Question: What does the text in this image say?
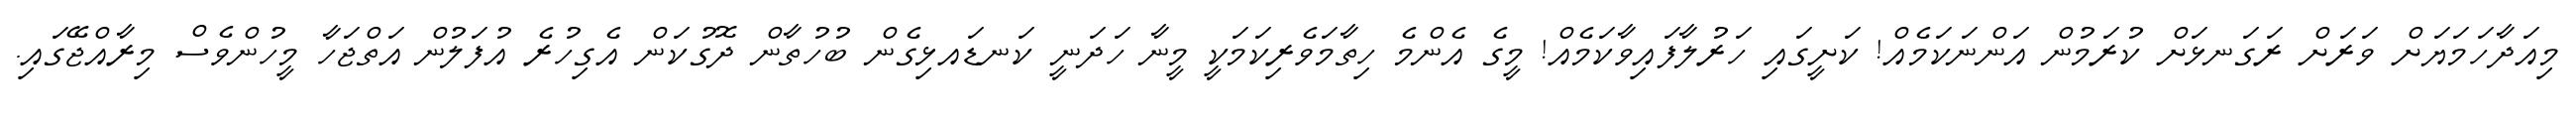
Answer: މިއަދާހަމަޔަށް ވަރަށް ރަގަނޅަށް ކުރަމުން އަންނަކަމެއް! ކަށީގައި ހަރުލާފައިވާކަމެއް! މީގެ އެންމެ ހިތާމަވެރިކަމަކީ މީނާ ހަދަނީ ކަނޑައޅިގެން ބުހުތާން ދޮގުކަން އެގިހުރެ އުފަލުން އަތްޖަހާ މީހުންވެސް މިރާއްޖޭގައި.